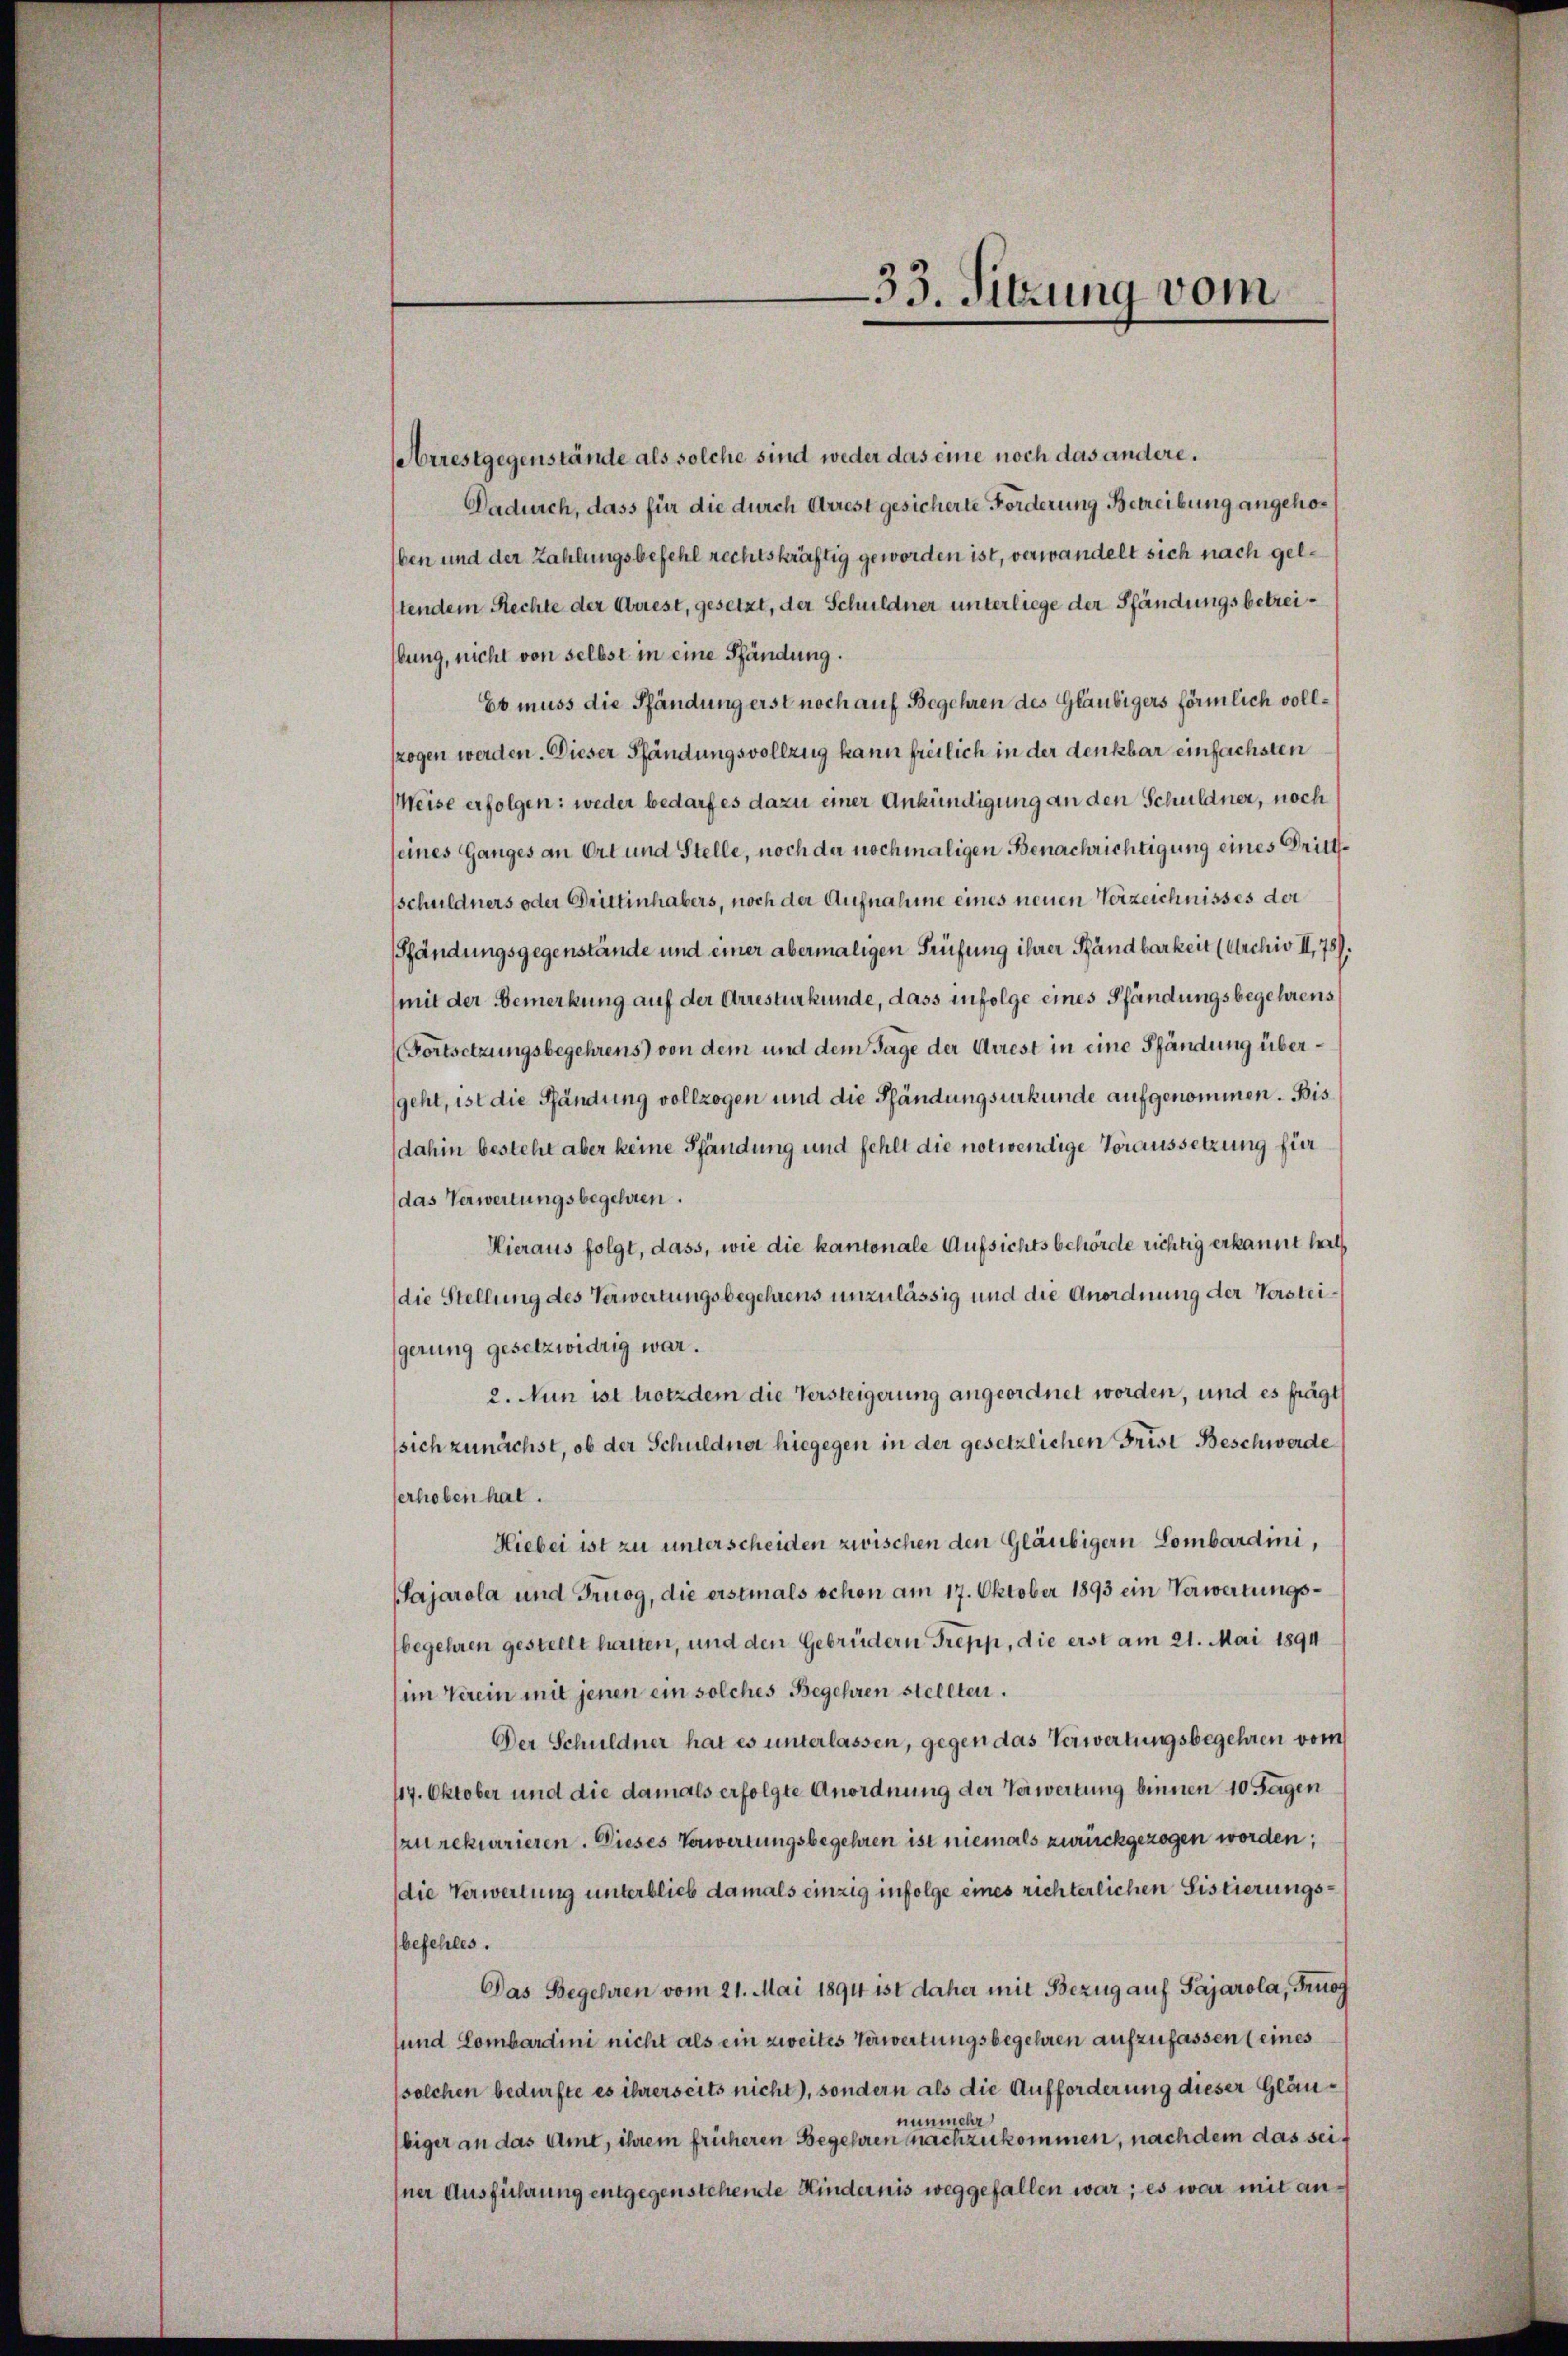
Arrestgegenstände als solche sind weder das eine noch das andere.
Dadurch, dass für die durch Arrest gesicherte Forderung Betreibung angehöben und der Zahlungsbefehl rechtskräftig geworden ist, verwandelt sich nach gelstendem Rechte der Griest, gesetzt, der Schuldner unterliege der Pfändungs betreibung, nicht von selbst in eine Pfändung.
Es muss die Pfändung erst noch auf Begehren des Gläubigers förmlich vollzogen werden. Dieser Pfändungsvollzug kann freilich in der denkbar einfachsten
Meise erfolgen: weder bedarf es dazu einer Ankündigung an den Schuldner, noch
seines Ganges an Ort und Stelle, noch der nochmaligen Benachrichtigung eines Drittssschuldners oder Drittinhabers, noch der Aufnahme eines neuen Verzeichnisses der
Pfändungsgegenstände und einer abermaligen Prüfung ihrer Pfändbarkeit (Archiv II, 78).
(mit der Bemerkung auf der Arresturkunde, dass infolge eines Pfändungsbegehrens
(Fortsetzungsbegehrens) von dem und dem Tage der Arrest in eine Pfändung übergeht, ist die Pfändung vollzogen und die Pfändungsurkunde aufgenommen. Bis
dahin besteht aber keine Pfändung und fehlt die notwertige Voraussetzung für
das Verwertungsbegehren.
Hieraus folgt, dass, wie die kantonale Aufsichtsbehörde richtig erkannt hat
die Stellung des Verwertungsbegehrens unzulässig und die Anordnung der Vorsteigerung gesetzwidrig war.
2. Nun ist trotzdem die Versteigerung angeordnet worden, und es frägt
sich zunächst, ob der Schuldner hiegegen in der gesetzlichen Frist Beschwerde
erhoben hat.
Hiebei ist zu unterscheiden zwischen den Gläubigern Lombardini,
Sajarola und Truog, die erstmals schon am 17. Oktober 1893 ein Verwertungsbegehren gestellt hatten, und den Gebrüdern Trepp, die erst am 21. Mai 1891
im Verein mit jenen ein solches Begehren stellten.
Der Schuldner hat es unterlassen, gegen das Verwertungsbegehren vom
44. Oktober und die damals erfolgte Anordnung der Verwertung binnen 10 Tagen
zu rekurrieren. Dieses Verwertungsbegehren ist niemals zurückgezogen worden;
die Verwertung unterblieb damals einzig infolge eines richterlichen Sistierungsbefehles.
Das Begehren vom 21. Mai 1894 ist daher mit Bezug auf Pajarola, Trugg
und Lombardini nicht als ein zweites Verwertungsbegehren aufzufassen (eines
solchen bedürfte es ihrerseits nicht), sondern als die Aufforderung dieser Gläut
chr
n
biger an das Amt, ihrem früheren Begehren nachzukommen, nach dem das seiiner Ausführung entgegenstehende Kindernis weggefallen war; es war mit an¬

33. Sitzung vom